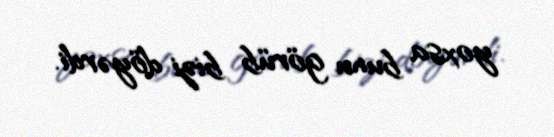
yoxsa bunu görüb bizi döyərdi.